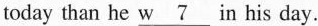
today than he \underline{w 7 }in his day.